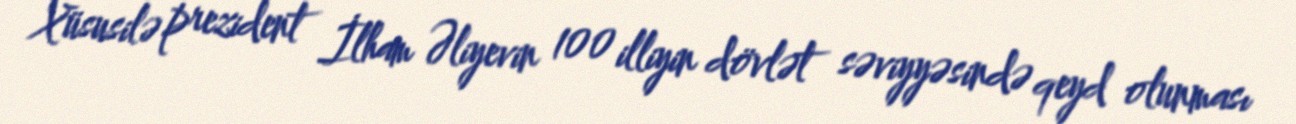
Xüsusilə prezident İlham Əliyevin 100 illiyin dövlət səviyyəsində qeyd olunması